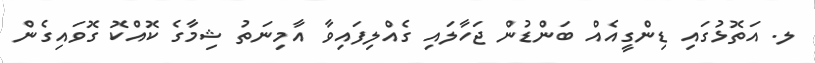
ލ. އަތޮޅުގައި ޑިންގީއެއް ބަންޑުން ޖަހާލައި ގެއްލިފައިވާ އާމިނަތު ޝިމާގެ ކޮއްކޮ ގޮވައިގެން